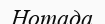
Нотада